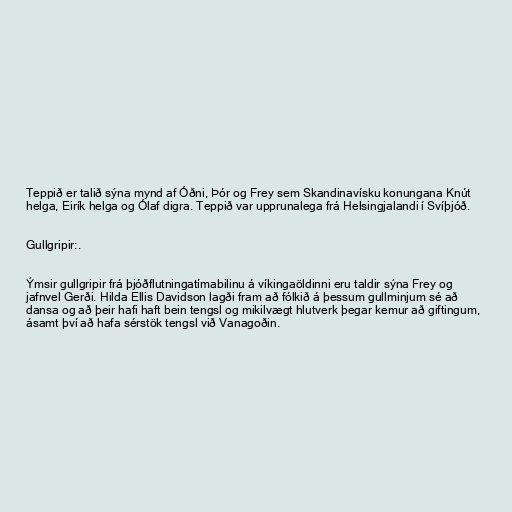
Teppið er talið sýna mynd af Óðni, Þór og Frey sem Skandinavísku konungana Knút
helga, Eirík helga og Ólaf digra. Teppið var upprunalega frá Helsingjalandi í Svíþjóð.

Gullgripir:.

Ýmsir gullgripir frá þjóðflutningatímabilinu á víkingaöldinni eru taldir sýna Frey og
jafnvel Gerði. Hilda Ellis Davidson lagði fram að fólkið á þessum gullminjum sé að
dansa og að þeir hafi haft bein tengsl og mikilvægt hlutverk þegar kemur að giftingum,
ásamt því að hafa sérstök tengsl við Vanagoðin.